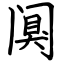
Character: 阒